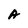
Character: A